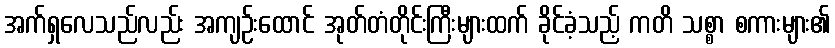
အက်ရှလေသည်လည်း အကျဉ်းထောင် အုတ်တံတိုင်းကြီးများထက် ခိုင်ခံ့သည့် ကတိ သစ္စာ စကားများ၏